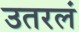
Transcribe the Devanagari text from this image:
उतरलं